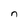
Character: n